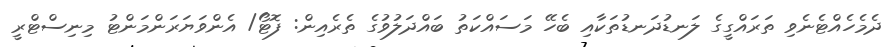
ދެމެހެއްޓެނެވި ތަރައްގީގެ ލަނޑުދަނޑުތަކާއި ބެހޭ މަސައްކަތު ބައްދަލުވުގެ ތެރެއިން: ފޮޓޯ/ އެންވަޔަރަންމަންޓު މިނިސްޓްރީ